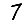
Digit: 7